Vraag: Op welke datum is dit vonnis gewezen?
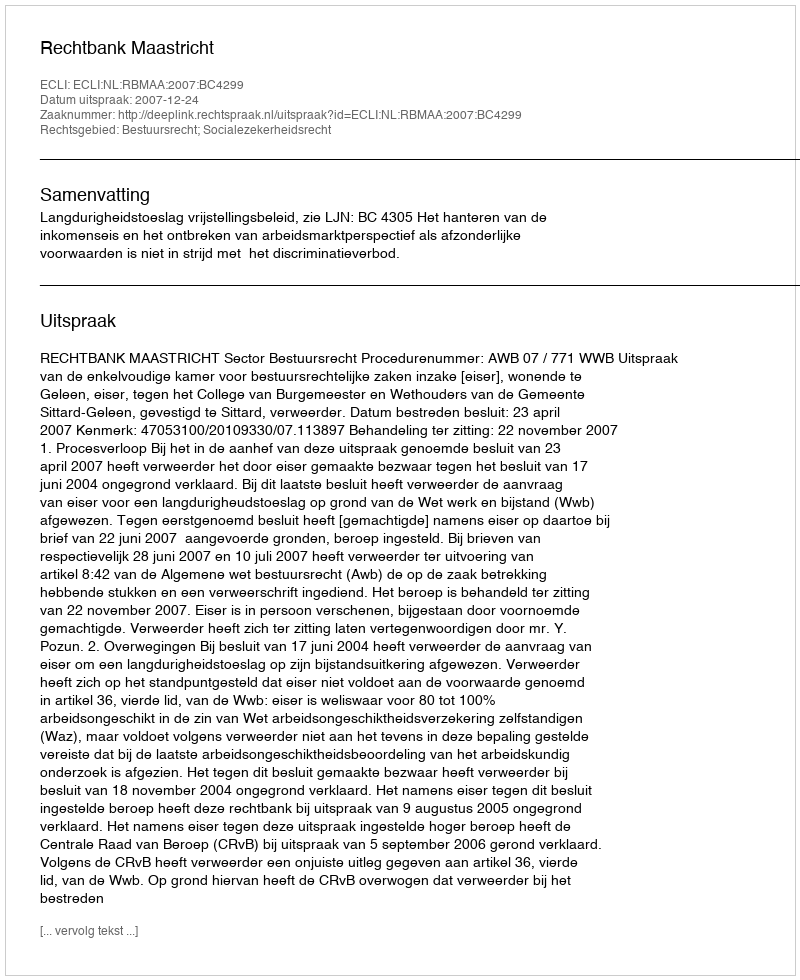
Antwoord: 2007-12-24